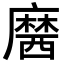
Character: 𪎢